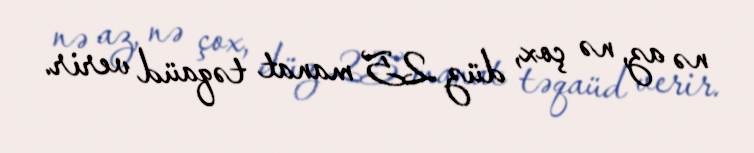
nə az, nə çox, düz 25 manat təqaüd verir.